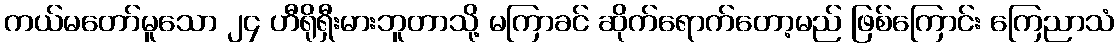
ကယ်မတော်မူသော ၂၄ ဟီရိုရှီးမားဘူတာသို့ မကြာခင် ဆိုက်ရောက်တော့မည် ဖြစ်ကြောင်း ကြေညာသံ